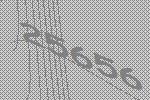
25656